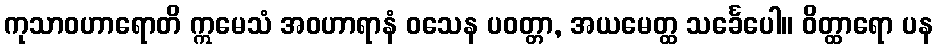
ကုသာဝဟာရောတိ ဣမေသံ အဝဟာရာနံ ဝသေန ပဝတ္တာ, အယမေတ္ထ သင်္ခေပေါ။ ဝိတ္ထာရော ပန